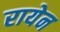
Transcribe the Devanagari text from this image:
रायेन